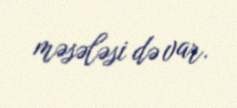
məsələsi də var.